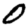
Digit: 0